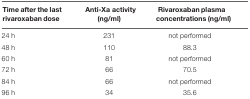
| Time after the lastrivaroxaban dose | Anti-Xa activity (ng/ml) | Rivaroxaban plasmaconcentrations (ng/ml) |
 | --- | --- | --- |
 | 24 h | 231 | not performed |
 | 48 h | 110 | 88.3 |
 | 60 h | 81 | not performed |
 | 72 h | 66 | 70.5 |
 | 84 h | 66 | not performed |
 | 96 h | 34 | 35.6 |